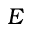
E